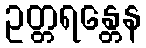
ဥတ္တရန္တေန